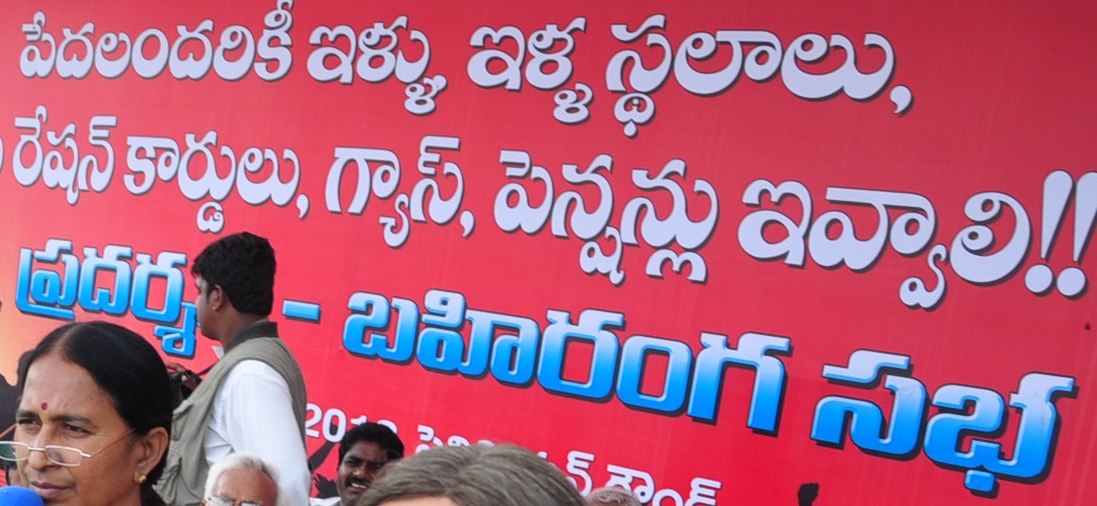
Language: telugu
Transcription: ఇళ్ళు, ఇళ్ళ స్థలాలు, కార్డులు, గ్యాస్, పెన్షన్లు సభ రేషన్ పేదలందరికీ ప్రదర్శ